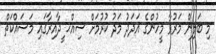
މި ބަލިން މަރުވާ މީހުންގެ އަދަދު މަދު ކުރުމަށް ސިއްޙ ީދާއިރާގައި މަސައްކަތް